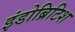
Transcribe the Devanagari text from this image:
इंडोब्रिटिश